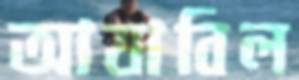
আযাবিল